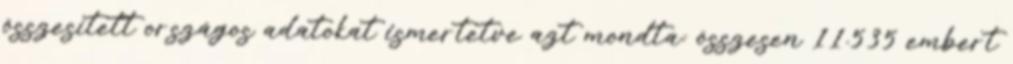
összesített országos adatokat ismertetve azt mondta: összesen 11.535 embert